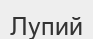
Лупий